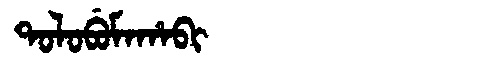
Manchu: ᡨᠣᠯᠣᠪᡠᠮᠠᡥᠠᠪᡳ
Romanization: TOLOBUMAHABI